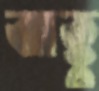
ঝাক্কু